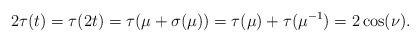
LaTeX: \begin{align*}2\tau(t)=\tau(2t)=\tau(\mu+\sigma(\mu))=\tau(\mu)+\tau(\mu^{-1})=2\cos(\nu).\end{align*}